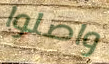
واصلوا